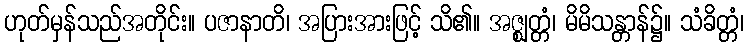
ဟုတ်မှန်သည်အတိုင်း။ ပဇာနာတိ၊ အပြားအားဖြင့် သိ၏။ အဇ္ဈတ္တံ၊ မိမိသန္တာန်၌။ သံခိတ္တံ၊